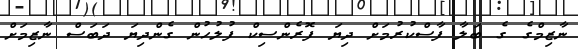
ނާޒިމްގެ ގެ ބަލާ ފާސްކުރުމަށް ދިޔަ ފޮރެންސިކް ފުލުހުން ގެންދިޔަ ދަބަސް ނާޒިމަށް